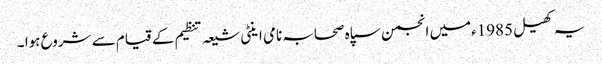
یہ کھیل 1985ءمیں انجمن سپاہ صحابہ نامی اینٹی شیعہ تنظیم کے قیام سے شروع ہوا ۔